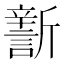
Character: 𣃎